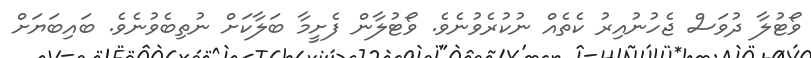
ވޯޓުލާ ދުވަސް ޖެހުނުއިރު ކެތެއް ނުކުރެވުނެވެ. ވޯޓުލާން ފެށީމާ ބަލާކަށް ނުތިބެވުނެވެ. ބައިބަޔަށް